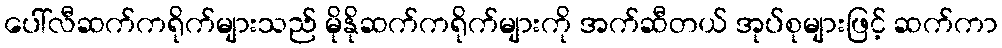
ပေါ်လီဆက်ကရိုက်များသည် မိုနိုဆက်ကရိုက်များကို အက်ဆီတယ် အုပ်စုများဖြင့် ဆက်ကာ